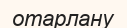
отарлану